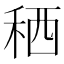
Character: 䄽